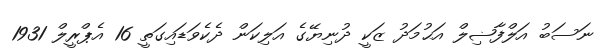
ނަސަބު އަލްފާޟިލް އަޙުމަދު ޒަކީ ދުނިޔޭގެ އަލިކަން ދެކެވަޑައިގަތީ 16 އެޕްރީލް 1931